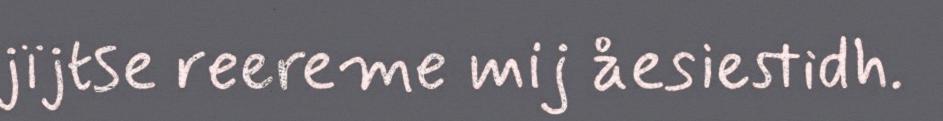
jïjtse reereme mij åesiestidh.